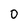
Character: 0